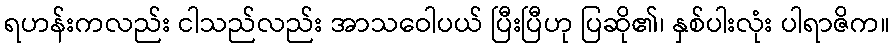
ရဟန်းကလည်း ငါသည်လည်း အာသဝေါပယ် ပြီးပြီဟု ပြဆို၏၊ နှစ်ပါးလုံး ပါရာဇိက။